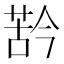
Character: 𱽳